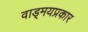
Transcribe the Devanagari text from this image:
वाड्मयप्रकार